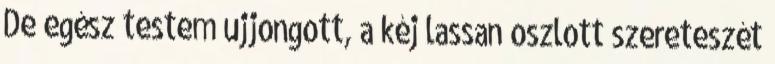
De egész testem ujjongott, a kéj lassan oszlott szereteszét